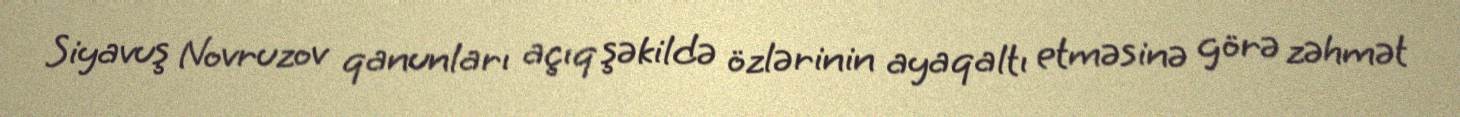
Siyavuş Novruzov qanunları açıq şəkildə özlərinin ayaqaltı etməsinə görə zəhmət